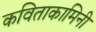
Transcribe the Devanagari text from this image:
कविताकामिनी